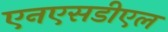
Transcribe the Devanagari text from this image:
एनएसडीएल